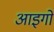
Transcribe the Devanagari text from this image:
आइगो